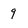
Character: q